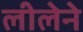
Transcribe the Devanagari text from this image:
लीलेने